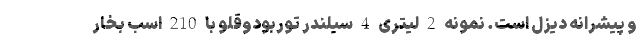
و پیشرانه دیزل است. نمونه 2 لیتری 4 سیلندر توربودوقلو با 210 اسب بخار